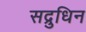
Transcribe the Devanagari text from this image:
सद्रुधिन